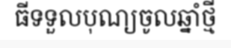
ធីទទួលបុណ្យចូលឆ្នាំថ្មី